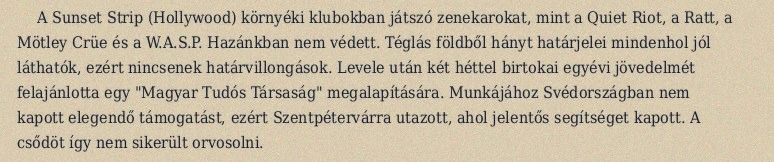
A Sunset Strip (Hollywood) környéki klubokban játszó zenekarokat, mint a Quiet Riot, a Ratt, a Mötley Crüe és a W.A.S.P. Hazánkban nem védett. Téglás földből hányt határjelei mindenhol jól láthatók, ezért nincsenek határvillongások. Levele után két héttel birtokai egyévi jövedelmét felajánlotta egy "Magyar Tudós Társaság" megalapítására. Munkájához Svédországban nem kapott elegendő támogatást, ezért Szentpétervárra utazott, ahol jelentős segítséget kapott. A csődöt így nem sikerült orvosolni.